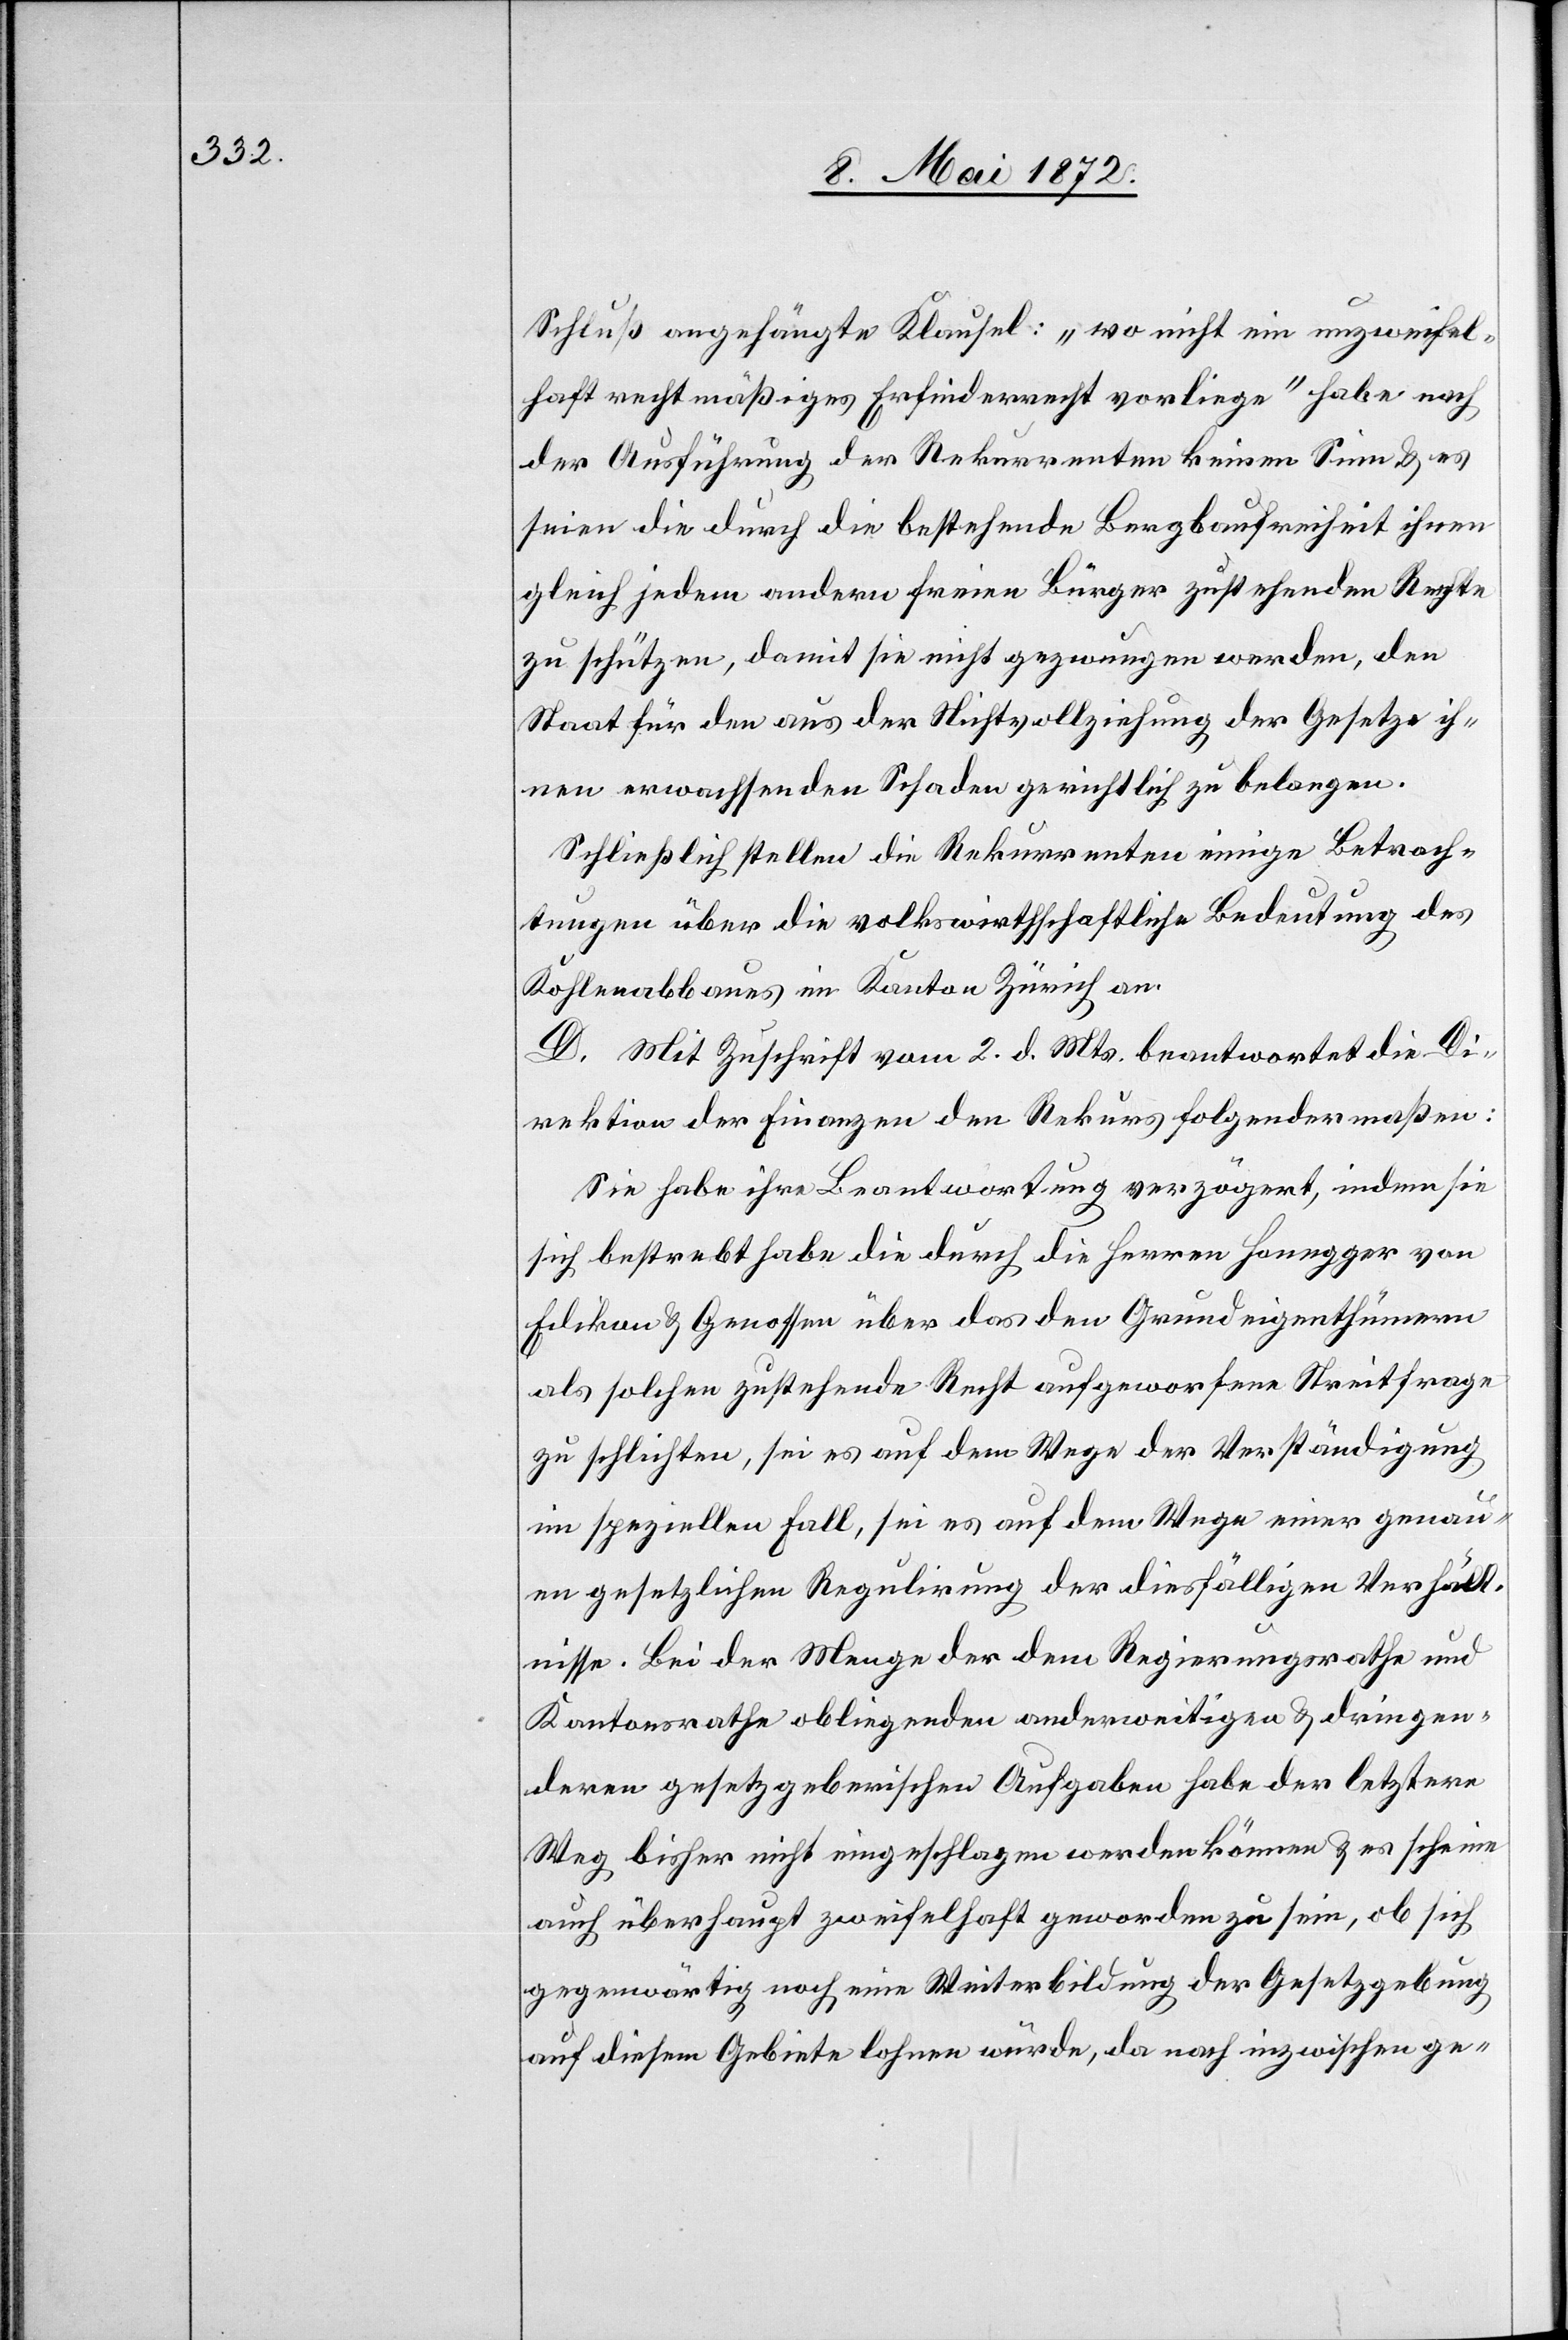
Schluß angehängte Klausel: „wo nicht ein unzweifel¬
haft rechtmäßiges Erstfinderrecht vorliege“ habe nach
der Ausführung der Rekurrenten keinen Sinn u. es
seien die durch die bestehende Bergbaufreiheit ihnen
gleich jedem andern freien Bürger zustehenden Rechte
zu schützen, damit sie nicht gezwungen werden, den
Staat für den aus der Nichtvollziehung der Gesetze ih¬
nen erwachsenden Schaden gerichtlich zu belangen.
Schließlich stellen die Rekurrenten einige Betrach¬
tungen über die volkswirthschaftliche Bedeutung des
Kohlenabbaues im Kanton Zürich an.
D. Mit Zuschrift vom 2. d. Mts. beantwortet die Di¬
rektion der Finanzen den Rekurs folgendermaßen:
Sie habe ihre Beantwortung verzögert, indem sie
sich bestrebt habe die durch die Herren Honegger von
Edikon u. Genossen über das den Grundeigenthümern
als solchen zustehende Recht aufgeworfene Streitfrage
zu schlichten, sei es auf dem Wege der Verständigung
im speziellen Fall, sei es auf dem Wege einer genau¬
en gesetzlichen Regulirung der diesfälligen Verhält¬
nisse. Bei der Menge der dem Regierungsrathe und
Kantonsrathe obliegenden anderweitigen u. dringen¬
deren gesetzgeberischen Aufgaben habe der letztere
Weg bisher nicht eingeschlagen werden können u. es scheine
auch überhaupt zweifelhaft geworden zu sein, ob sich
gegenwärtig noch eine Weiterbildung der Gesetzgebung
auf diesem Gebiete lohnen würde, da nach inzwischen ge-